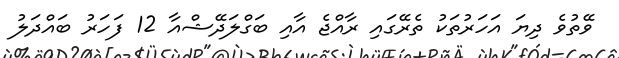
ވޭތުވެ ދިޔަ އަހަރުތަކު ތެރޭގައި ރާއްޖެ އާއި ބަގްލަދޭޝްއާ 12 ފަހަރު ބައްދަލު